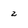
Character: z